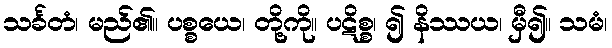
သင်္ခတံ၊ မည်၏။ ပစ္စယေ၊ တို့ကို။ ပဋိစ္စ၊ ၍ နိဿယ၊ မှီ၍။ သမံ၊